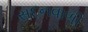
સદનવાળી